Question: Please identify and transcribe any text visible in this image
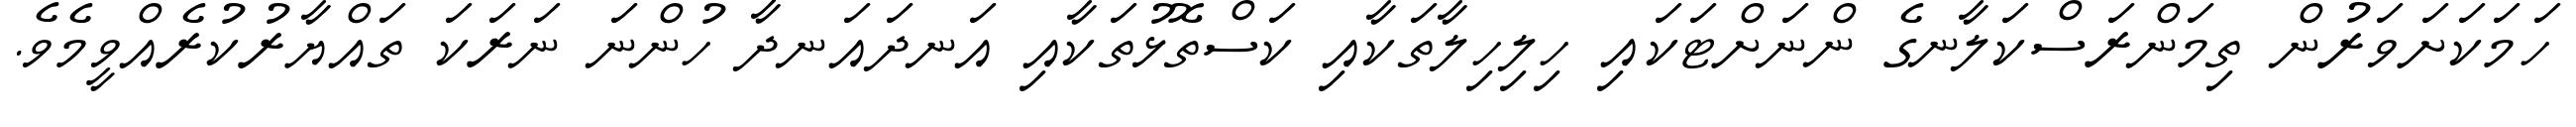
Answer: ހަމަކަށަވަރުން ތިމަންރަސްކަލާނގެ ންނަށްޓަކައި ހިލިހިލާތަކާއި ކަސްތޮޅުތަކާއި އަނދައަނދާ ހުންނަ ނަރަކަ ތައްޔާރުކުރެއްވީމެވެ.